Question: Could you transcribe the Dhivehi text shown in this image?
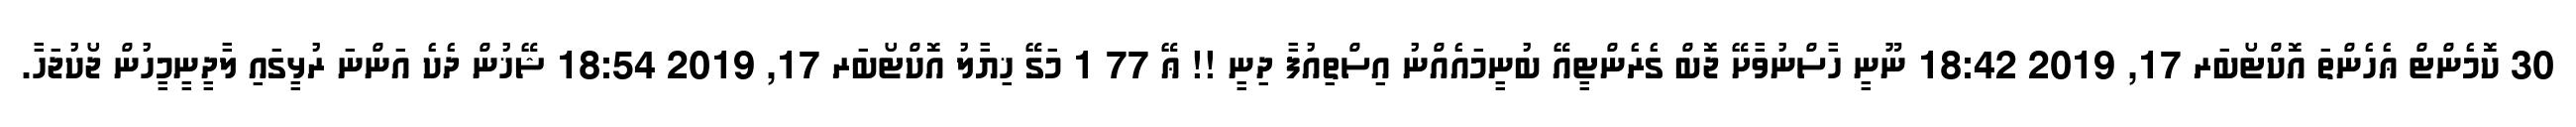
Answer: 30 ކޮމެންޓް ޢެހެންތަ އޮކްޓޯބަރ 17, 2019 18:42 ނޫނީ ހާސްނުވާށޭ ޖޮބް ގެރެންޓީއޭ ބުނީމައެއްނު އިސްތިއުފާ ދިނީ !! ޢޭ 77 1 މަގޭ ޚިޔާލު އޮކްޓޯބަރ 17, 2019 18:54 ޝޭޚުން ދެކެ އަންނަ ރުޅީގައި ލާދީނީމީހުން ޖޯކުޖަހާ.